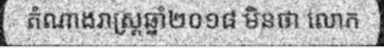
តំណាងរាស្ត្រឆ្នាំ២០១៨ មិនថា លោក